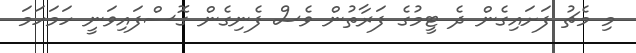
މި މެޗު ފަށައިގެން ދެ ޓީމުގެ ފަރާތުން ވެސް ފެނިގެން ގޮސްފައިވަނީ ހަމަހަމަ